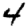
Digit: 4